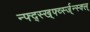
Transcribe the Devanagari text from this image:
न्फ्द्स्ख्र्फ्व्स्ज्न्स्क्ल्